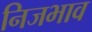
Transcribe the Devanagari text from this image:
निजभाव